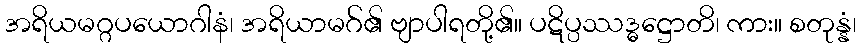
အရိယမဂ္ဂပယောဂါနံ၊ အရိယာမဂ်၏ ဗျာပါရတို့၏။ ပဋိပ္ပဿဒ္ဓဋ္ဌောတိ၊ ကား။ စတုန္နံ၊